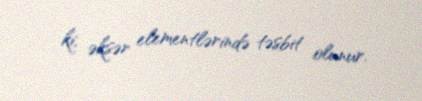
ki, əksər elementlərində təsbit olunur.